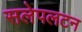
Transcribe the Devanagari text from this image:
सलेपलटन